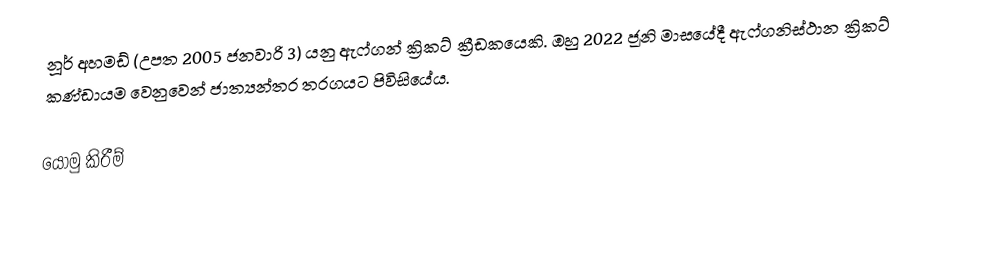
නූර් අහමඩ් (උපත 2005 ජනවාරි 3) යනු ඇෆ්ගන් ක්‍රිකට් ක්‍රීඩකයෙකි. ඔහු 2022 ජූනි මාසයේදී ඇෆ්ගනිස්ථාන ක්‍රිකට් කණ්ඩායම වෙනුවෙන් ජාත්‍යන්තර තරගයට පිවිසියේය.

යොමු කිරීම්